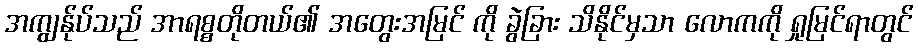
အကျွန်ုပ်သည် အာရစ္စတိုတယ်၏ အတွေးအမြင် ကို ခွဲခြား သိနိုင်မှသာ လောကကို ရှုမြင်ရာတွင်